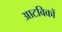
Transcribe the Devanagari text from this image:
आटविकों